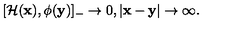
[ { \cal H } ( { \bf x } ) , \phi ( { \bf y } ) ] _ { - } \rightarrow 0 , | { \bf x } - { \bf y } | \rightarrow \infty .